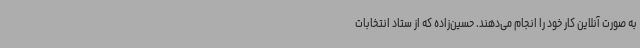
به صورت آنلاین کار خود را انجام می‌دهند. حسین‌زاده که از ستاد انتخابات